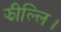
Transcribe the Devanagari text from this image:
झील्‍लि।